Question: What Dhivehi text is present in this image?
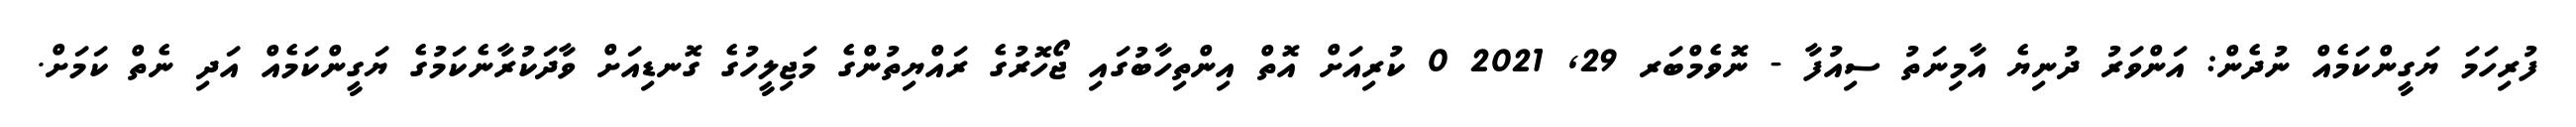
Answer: ފުރިހަމަ ޔަގީންކަމެއް ނުދެން: އަންވަރު ދުނިޔެ އާމިނަތު ސިއުފާ - ނޮވެމްބަރ 29, 2021 0 ކުރިއަށް އޮތް އިންތިހާބުގައި ޖޯހޮރުގެ ރައްޔިތުންގެ މަޖިލީހުގެ ގޮނޑިއަށް ވާދަކުރާނެކަމުގެ ޔަގީންކަމެއް އަދި ނެތް ކަމަށް.